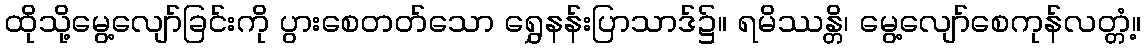
ထိုသို့မွေ့လျော်ခြင်းကို ပွားစေတတ်သော ရွှေနန်းပြာသာဒ်၌။ ရမိဿန္တိ၊ မွေ့လျော်စေကုန်လတ္တံ့။